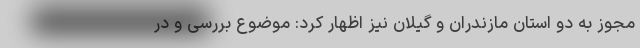
مجوز به دو استان مازندران و گیلان نیز اظهار کرد: موضوع بررسی و در